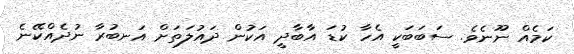
ކަމެއް ނޫނެވެ. ސަބަބަކީ އެހާ ކުޑަ އާބާދީ އަކުން ދައުލަތަށް އަނބުރާ ނުދެެއްކޭނެ